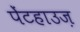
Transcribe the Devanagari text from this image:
पेंटहाउज़